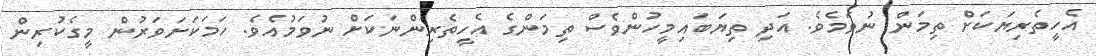
އެހީތެރިޔަކަށް ތިމަން ނުވަމެވެ. އަދި ތިޔަބައިމީހުންވެސް ތިމަންގެ އެހީތެރިންނަކަށް ނުވަމުއެވެ. ހަމަކަށަވަރުން މީގެކުރިން